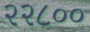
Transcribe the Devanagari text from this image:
२२८००